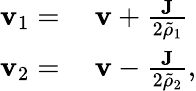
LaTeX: \begin{array}{rl}{\mathbf{v}_{1}=}&{{}~\mathbf{v}+\frac{\mathbf{J}}{2\tilde{\rho}_{1}}}\\ {\mathbf{v}_{2}=}&{{}~\mathbf{v}-\frac{\mathbf{J}}{2\tilde{\rho}_{2}},}\end{array}